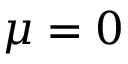
\mu = 0